Annual report of the Imperial Bacteriologist
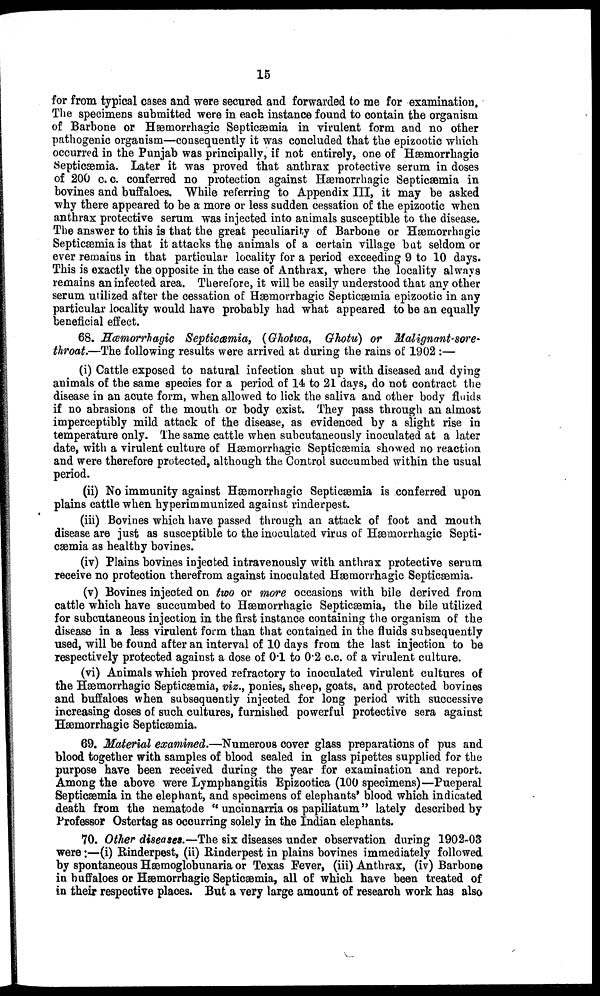
15
for from typical cases and were secured and forwarded to me for examination.
The specimens submitted were in each instance found to contain the organism
of Barbone or Hæmorrhagic Septicæmia in virulent form and no other
pathogenic organism—consequently it was concluded that the epizootic which
occurred in the Punjab was principally, if not entirely, one of Hæmorrhagic
Septicæmia. Later it was proved that anthrax protective serum in doses
of 200 c. c. conferred no protection against Hæmorrhagic Septicæmia in
bovines and buffaloes. While referring to Appendix III, it may be asked
why there appeared to be a more or less sudden cessation of the epizootic when
anthrax protective serum was injected into animals susceptible to the disease.
The answer to this is that the great peculiarity of Barbone or Hæmorrhagic
Septicæmia is that it attacks the animals of a certain village but seldom or
ever remains in that particular locality for a period exceeding 9 to 10 days.
This is exactly the opposite in the case of Anthrax, where the locality always
remains an infected area. Therefore, it will be easily understood that any other
serum utilized after the cessation of Hæmorrhagic Septicæmia epizootic in any
particular locality would have probably had what appeared to be an equally
beneficial effect.
68. Hæmorrhagic Septicæmia, (Ghotwa, Ghotu) or Malignant-sore-
throat.—The following results were arrived at during the rains of 1902 :—
(i) Cattle exposed to natural infection shut up with diseased and dying
animals of the same species for a period of 14 to 21 days, do not contract the
disease in an acute form, when allowed to lick the saliva and other body fluids
if no abrasions of the mouth or body exist. They pass through an almost
imperceptibly mild attack of the disease, as evidenced by a slight rise in
temperature only. The same cattle when subcutaneously inoculated at a later
date, with a virulent culture of Hæmorrhagic Septicæmia showed no reaction
and were therefore protected, although the Control succumbed within the usual
period.
(ii) No immunity against Hæmorrhagic Septicæmia is conferred upon
plains cattle when hyperimmunized against rinderpest.
(iii) Bovines which have passed through an attack of foot and mouth
disease are just as susceptible to the inoculated virus of Hæmorrhagic Septi-
cæmia as healthy bovines.
(iv) Plains bovines injected intravenously with anthrax protective serum
receive no protection therefrom against inoculated Hæmorrhagic Septicaemia.
(v) Bovines injected on two or more occasions with bile derived from
cattle which have succumbed to Hæmorrhagic Septicæmia, the bile utilized
for subcutaneous injection in the first instance containing the organism of the
disease in a less virulent form than that contained in the fluids subsequently
used, will be found after an interval of 10 days from the last injection to be
respectively protected against a dose of 0.1 to 0.2 c.c. of a virulent culture.
(vi) Animals which proved refractory to inoculated virulent cultures of
the Hæmorrhagic Septicæmia, viz., ponies, sheep, goats, and protected bovines
and buffaloes when subsequently injected for long period with successive
increasing doses of such cultures, furnished powerful protective sera against
Hæmorrhagic Septicæmia.
69. Material examined.—Numerous cover glass preparations of pus and
blood together with samples of blood sealed in glass pipettes supplied for the
purpose have been received during the year for examination and report.
Among the above were Lymphangitis Epizootica (100 specimens)—Pueperal
Septicæmia in the elephant, and specimens of elephants' blood which indicated
death from the nematode " uncinnarria os papiliatum" lately described by
Professor Ostertag as occurring solely in the Indian elephants.
70. Other diseases.—The six diseases under observation during 1902-03
were:—(i) Rinderpest, (ii) Rinderpest in plains bovines immediately followed
by spontaneous Hæmoglobunaria or Texas Fever, (iii) Anthrax, (iv) Barbone
in buffaloes or Hæmorrhagic Septicæmia, all of which have been treated of
in their respective places. But a very large amount of research work has also